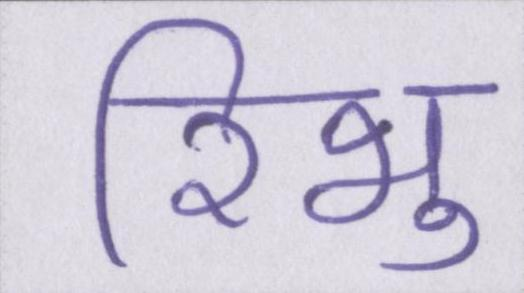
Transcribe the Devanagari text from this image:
रिभु